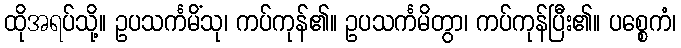
ထိုအရပ်သို့။ ဥပသင်္ကမိံသု၊ ကပ်ကုန်၏။ ဥပသင်္ကမိတွာ၊ ကပ်ကုန်ပြီး၏။ ပစ္စေကံ၊